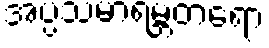
အပ္ပသမာရမ္ဘတရော